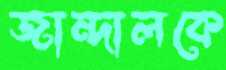
জান্দালকে